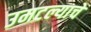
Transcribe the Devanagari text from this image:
उमटल्याचे